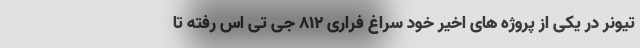
تیونر در یکی از پروژه های اخیر خود سراغ فراری 812 جی تی اس رفته تا